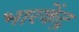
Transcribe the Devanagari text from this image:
भारकेंद्र